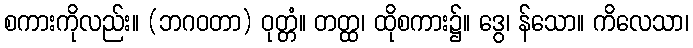
စကားကိုလည်း။ (ဘဂဝတာ) ဝုတ္တံ။ တတ္ထ၊ ထိုစကား၌။ ဒွေ၊ န်သော။ ကိလေသာ၊